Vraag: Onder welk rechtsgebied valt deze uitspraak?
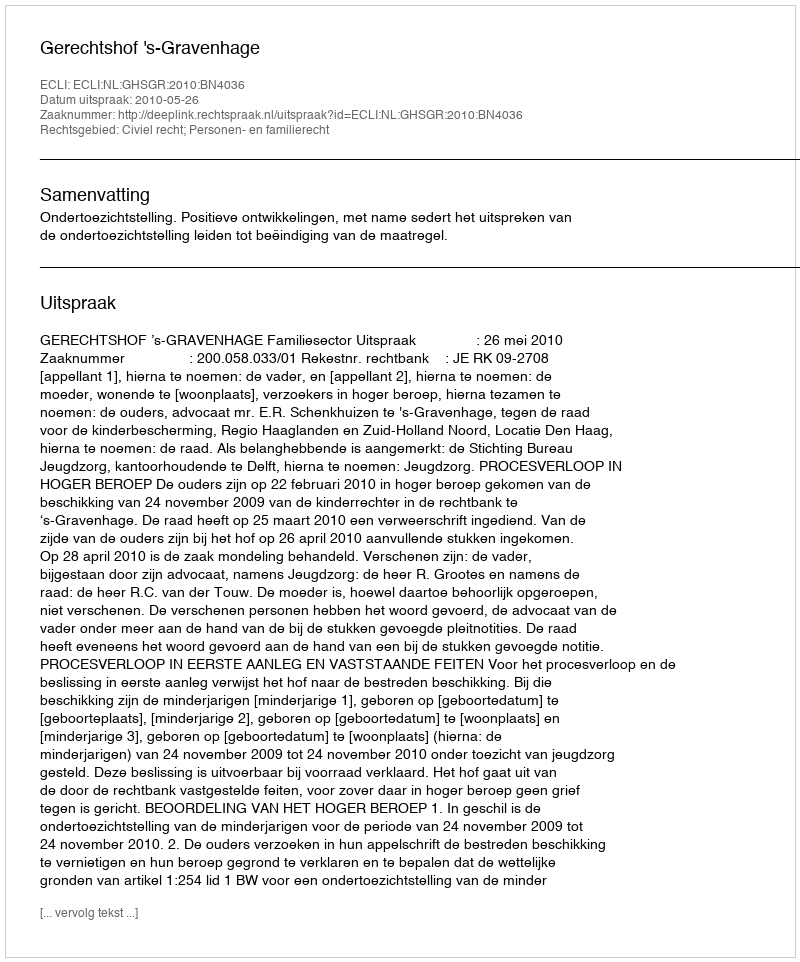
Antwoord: Civiel recht; Personen- en familierecht